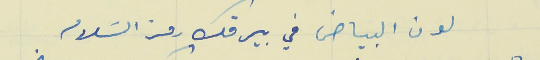
لون البياض في بيرقك رمز السَلام